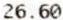
26.60